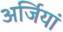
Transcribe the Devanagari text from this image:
अर्जियां